Vaccination United Provinces of Agra and Oudh 1914-1922 - 1914-1922
Year: 1914
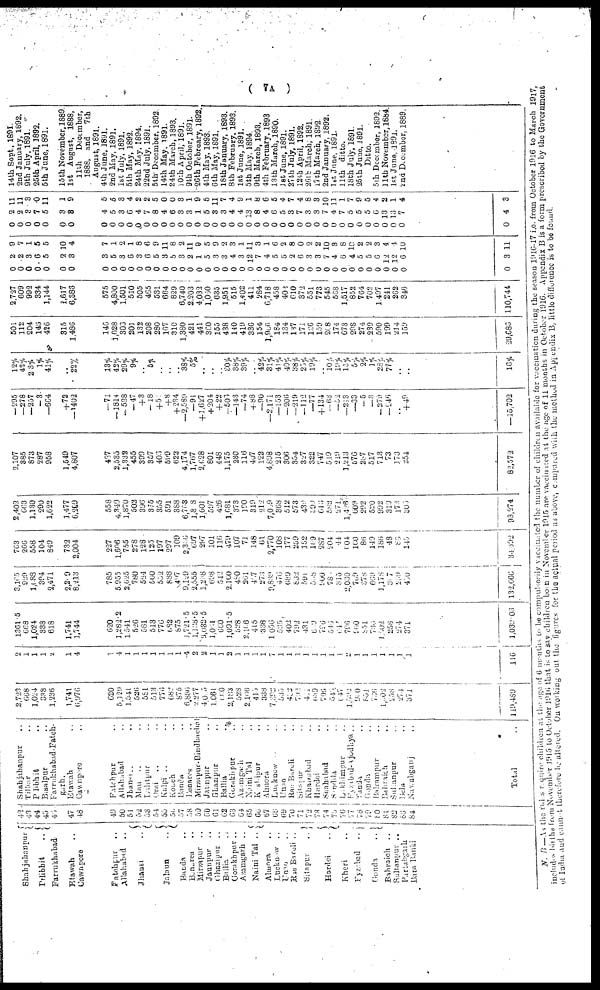
( 7A )
Shahjahanpur
Pilibhit
..
Farrukhabad
Etawah
Cawnpore
Fatehpur
Allahabad
..
Jhansi
..
Jalaun
..
Banda
Benares
Mirzapur
Jaunpur
..
Ghazipur ..
Ballia
Gorakhpur ..
Azamgarh ..
Naini Tal ..
Almora
..
Lucknow ..
Unao
Rae bareli ..
Sitapur
..
Hardoi
..
Kheri
Fyzabad
..
Gonda
..
Bahraich ..
Sultanpur ..
Partabgarh
Bara Banki
42
43
44
45
46
47
48
49
50
51
52
53
54
55
56
57
58
59
60
61
62
63
64
65
66
67
68
69
70
71
72
73
74
75
76
77
78
79
80
81
82
83
84
Shahjahanpur ..
Tilhar ..
Pilibhit ..
Bisalpur ..
Farrukhabad-Fateh¬
garh.
Etawah ..
Cawnpore ..
Fatehpur ..
Allahabad ..
Jhansi ..
Mau
..
Lalitpur ..
Orai
..
Kalpi ..
Konch ..
Banda ..
Benares ..
Mirzapur-Bindhachal
Jaunpur ..
Ghazipur ..
Ballia ..
Gorakhpur
..
Azamgarh ..
Naini Tal ..
Kashipur ..
Almora ..
Lucknow ..
Unao ..
Rae Bareli ..
Sitapur ..
Khairabad ..
Hardoi ..
Shahabad ..
Sandila ..
Lakhimpur ..
Fyzabad-Ajodhya ..
Tanda ..
Gonda ..
Balrampur ..
Bahraich ..
Sultanpur ..
Bela ..
Nawabganj ..
Total ..
2,723
668
1,024
338
1,236
1,741
6,976
620
5,129
1,541
526
581
513
776
682
875
6,886
2,277
4,005
1,061
680
2,183
528
2,166
415
338
7,392
535
482
732
481
639
796
545
647
1,592
930
851
736
1,302
258
274
371
119,489
2
1
1
1
2
1
4
1
4
1
1
1
1
1
1
1
4
2
2
1
1
2
1
1
1
1
7
1
1
1
1
1
1
1
1
2
1
1
1
1
1
1
1
116
1361.5
668
1,024
338
618
1,741
1,744
620
1,282.2
1,541
526
581
513
776
682
875
1,721.5
1,138.5
2,032.5
1,051
660
1,091.5
528
2,106
415
338
1,056
535
402
792
431
609
796
546
647
796
950
851
736
1,502
258
274
371
1,039.03
3,165
929
1,688
394
2,471
2,209
8,213
785
5,955
2,625
780
524
560
552
888
497
9,129
2,555
1,238
698
542
2,160
480
261
407
273
9,839
476
689
832
591
558
900
78
315
2,030
789
378
669
1,178
357
259
450
132,666
763
266
558
104
849
732
2,004
227
1,606
755
278
128
125
197
297
109
2,366
697
297
101
116
479
107
71
148
61
2,770
108
177
259
152
169
287
204
44
604
160
86
149
186
48
86
145
34,392
2,402
663
1,130
290
1,622
1,477
6,209
558
4,349
1,870
502
396
375
355
591
388
6,763
1,8 8
1,001
597
426
1,681
373
190
319
212
7,009
368
512
573
439
390
613
582
271
1,426
609
292
520
992
319
173
305
98,274
2,107
385
873
287
958
1,549
4,807
487
2,535
1,332
455
399
357
403
599
622
4,174
1,767
2,628
801
448
1,175
230
116
407
122
4,898
215
306
354
327
322
747
519
219
1,213
576
287
517
713
73
173
254
82,572
—295
—278
—257
—3
—664
+72
—1402
—71
—1814
—538
—47
+3
—18
+51
+8
+234
—2,589
—91
+1,627
+ 204
+22
—506
—143
—74
+88
—90
—2,171
—153
—206
—219
—112
—77
+ 134
—63
—52
—213
—33
—5
—3
— 279
—246
..
+49
—15,702
12%
42%
23%
1%
41%
..
22%
13%
42%
29%
9%
..
5%
..
..
..
38%
5%
..
..
..
30%
38%
39%
..
42%
31%
41%
40%
38%
25%
19%
..
10%
19%
15%
5%
2%
1%
28%
77%
..
..
16%
501
112
204
146
426
315
1,486
146
1,628
300
201
132
208
280
167
310
1,380
421
441
300
155
438
140
419
336
154
1,966
184
134
137
171
126
159
208
174
673
298
274
239
590
199
214
159
29,686
2,727
609
992
334
1,144
1,617
6,886
575
4,800
1,501
510
505
465
531
664
829
6,740
2,203
4,032
1,060
635
1,951
515
1,402
411
284
6,718
458
402
610
372
551
773
545
538
1,517
852
764
702
1,497
241
262
346
110,744
0
0
0
0
0
0
0
0
0
0
0
0
0
0
0
0
0
0
0
0
0
0
0
0
0
0
0
0
0
0
0
0
0
0
0
0
0
0
0
0
0
0
0
0
2
2
3
6
5
2
3
3
5
3
6
3
6
5
3
5
3
2
1
5
3
3
4
3
12
7
4
5
5
2
6
3
3
7
4
6
4
5
5
6
12
12
6
3
9
7
1
5
5
10
4
7
1
2
1
8
6
9
11
8
2
11
9
5
9
2
3
1
11
3
1
6
2
8
0
2
2
10
3
8
10
2
2
3
4
4
10
11
0
0
0
0
0
0
0
0
0
0
0
0
0
0
0
0
0
0
0
0
0
0
0
0
0
0
0
0
0
0
0
0
0
0
0
0
0
0
0
0
0
0
0
0
2
2
3
7
5
3
3
4
5
3
6
4
7
8
4
6
3
3
1
5
3
3
4
4
13
8
4
6
5
3
7
3
3
7
4
7
5
5
5
6
13
13
7
4
11
11
3
0
11
1
9
5
5
3
4
2
2
5
0
0
3
1
9
5
11
7
4
9
1
8
6
5
4
7
4
8
3
10
11
1
7
9
5
4
2
1
4
3
14th Sept., 1891.
2nd January, 1892.
9th July, 1891.
25th April, 1892.
5th June, 1891.
15th November, 1889
1st August, 1888,
11th
December,
1888, and
7th
August, 1891.
4th June, 1891.
2nd May, 189l.
1st July, 1891.
5th May, 1892.
24th May, 1894.
22nd July, 1891.
5th December, 1892.
14th May, 1891.
24th March, 1893.
10th April, 1891.
9th October, 1891.
26th February, 1892.
4th May, 1893.
6th May, 1891.
18th January, 1893.
8th February, 1893.
1st June, 1891.
5th May, 1894.
9th March, 1893.
4th February, 1893
13th March, 1890.
1st June, 1891.
27th July, 1891.
12th April, 1892.
26th March, 1891.
17th March, 1892.
2nd January, 1892.
1st June, 1891.
11th ditto.
18th July, 1891.
25th June, 1891.
Ditto.
5th December, 1892.
11th November, 1884.
1st June, 1891.
2nd December, 1889
N. B.—As the rules require children at the age of 6 months to be compulsorily vaccinated the number of children available for vaccination during the season 1916-17 i.e. from October 1916 to March 1917,
includes births from November 1915 to October 1916 that is to say children born in November 1915 are vaccinated at the age of 11 months in October 1916. Appendix B is a form prescribed by the Government
of India and cannot therefore be altered. On working out the figures for the actual period as above, compared with the method in Appendix B, little difference is to be found.